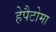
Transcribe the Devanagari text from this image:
हेपैटोमा